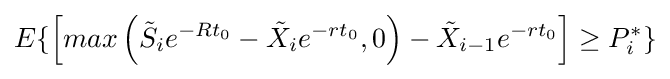
E\lbrace \left[max\left({\tilde {S}}_{i}e^{-Rt_{0}}-{\tilde {X}}_{i}e^{-rt_{0}},0\right)-{\tilde {X}}_{i-1}e^{-rt_{0}}\right]\geq P_{i}^{*}\rbrace